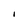
Character: I